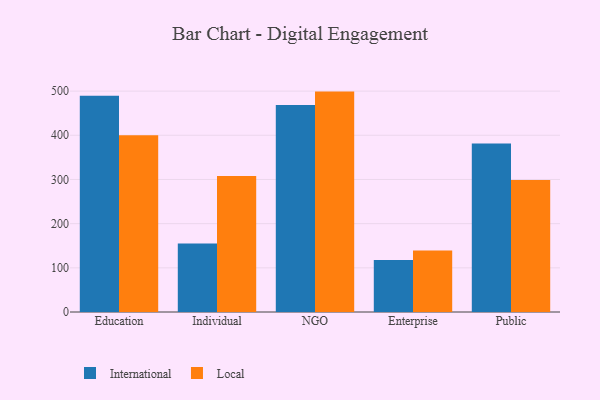
{"axis": {"x": "Segment", "y": "Production Output"}, "legend": ["International", "Local"], "data": [{"x": "Education", "y": 489.3, "type": "International"}, {"x": "Education", "y": 400.2, "type": "Local"}, {"x": "Individual", "y": 155.0, "type": "International"}, {"x": "Individual", "y": 307.9, "type": "Local"}, {"x": "NGO", "y": 468.8, "type": "International"}, {"x": "NGO", "y": 498.9, "type": "Local"}, {"x": "Enterprise", "y": 117.7, "type": "International"}, {"x": "Enterprise", "y": 139.1, "type": "Local"}, {"x": "Public", "y": 381.6, "type": "International"}, {"x": "Public", "y": 298.6, "type": "Local"}]}